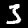
Label: 3